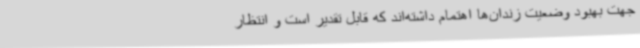
جهت بهبود وضعیت زندان‌ها اهتمام داشته‌اند که قابل تقدیر است و انتظار